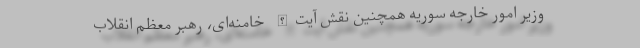
وزیر امور خارجه سوریه همچنین نقش آیت‌الله خامنه‌ای، رهبر معظم انقلاب